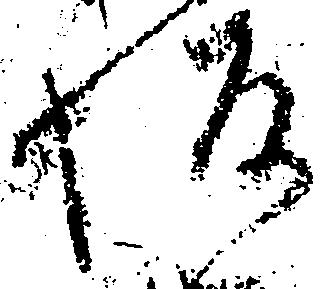
坂